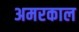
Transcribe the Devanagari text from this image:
अमरकाल